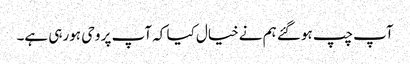
آپ چپ ہوگئے ہم نےخیال کیا کہ آپ پر وحی ہورہی ہے۔